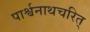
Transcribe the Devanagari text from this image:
पार्श्वनाथचरित्